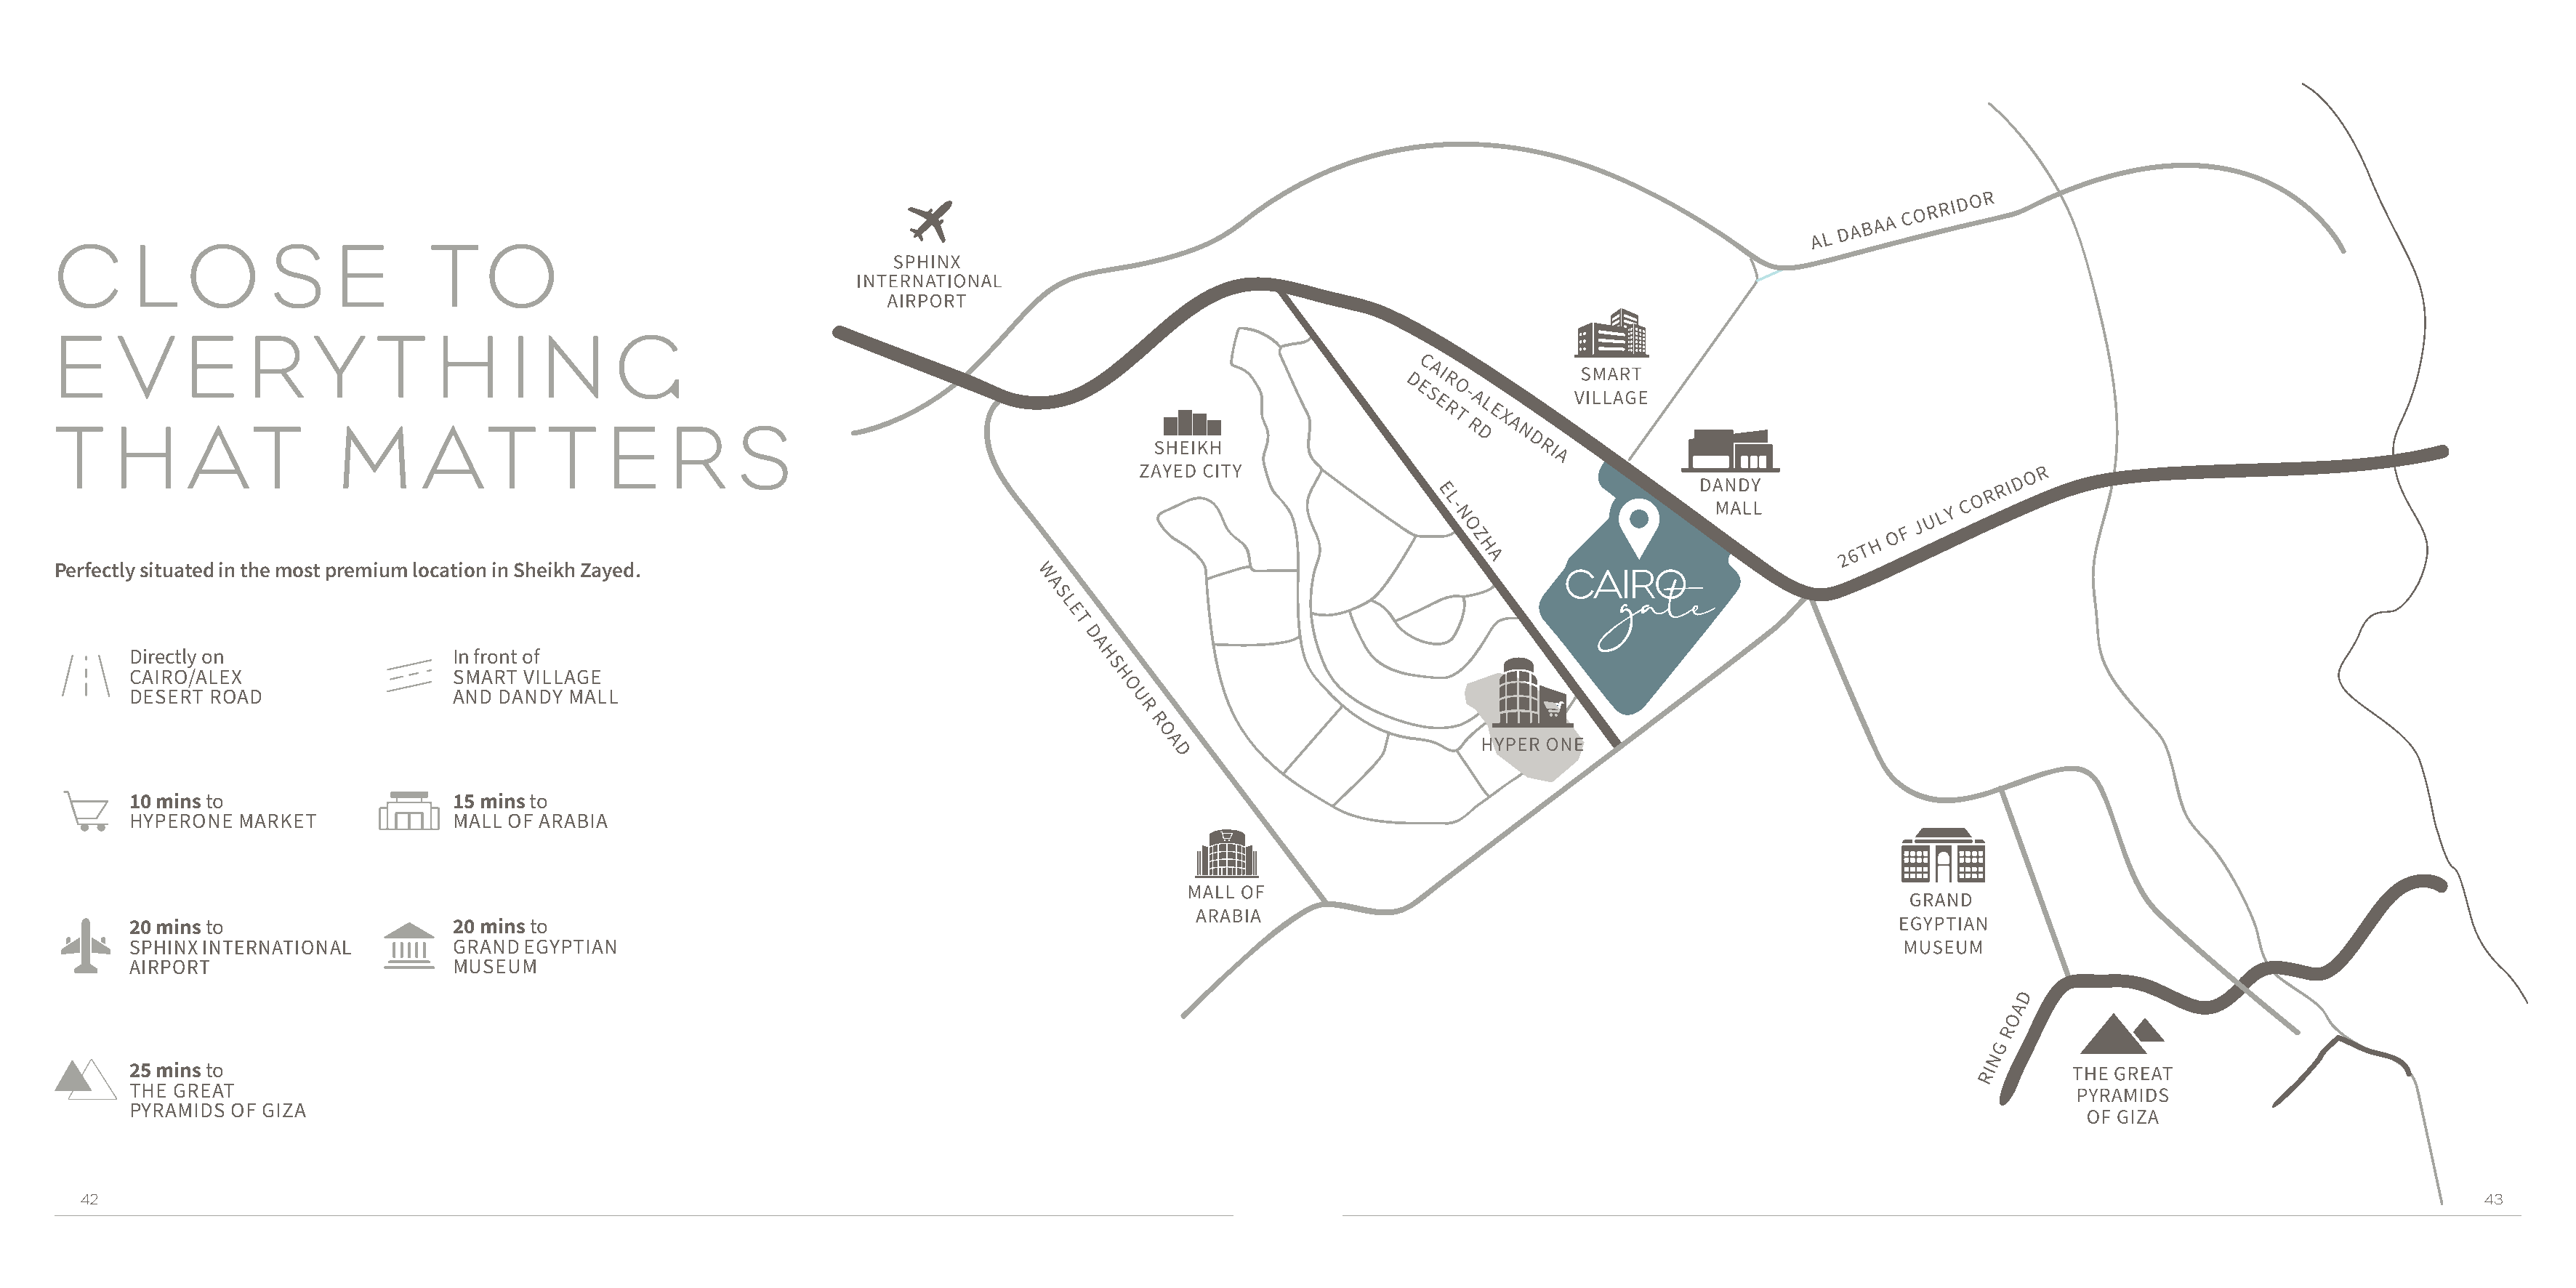
C      L    O       S     E       T    O
 E     V     E     R     Y    T     H     I  N      G
 T    H      AT            M      AT          T    E     R     S
 Perfectly situated in the most premium location in Sheikh Zayed.
 Directly on                  In front of
 CAIRO/ALEX                   SMART  VILLAGE
 DESERT ROAD                  AND DANDY  MALL
 10 mins to                   15 mins to
 HYPERONE  MARKET             MALL OF ARABIA
 20 mins to                   20 mins to
 SPHINX INTERNATIONAL         GRAND  EGYPTIAN
 AIRPORT                      MUSEUM
 25 mins to
 THE GREAT
 PYRAMIDS OF GIZA
 42                                                                                                                                                                                                                         43